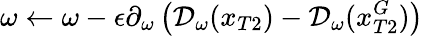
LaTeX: \omega\leftarrow\omega-\epsilon\partial_{\omega}\left(\mathcal{D}_{\omega}(x_{T2})-\mathcal{D}_{\omega}(x_{T2}^{G})\right)